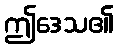
ဤဒေသ၏